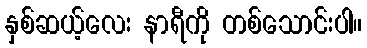
နှစ်ဆယ့်လေး နာရီကို တစ်သောင်းပါ။